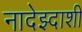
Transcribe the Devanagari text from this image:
नादेझ्दाशी